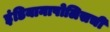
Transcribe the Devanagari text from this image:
इंडियानापोलिसची